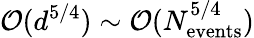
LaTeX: {\cal O}(d^{5/4})\sim{\cal O}(N_{\mathrm{events}}^{5/4})